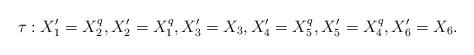
LaTeX: \begin{align*}& \tau: X_1' = X_2^q, X_2' = X_1^q, X_3' = X_3, X_4' = X_5^q, X_5' = X_4^q, X_6' = X_6.\end{align*}